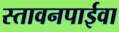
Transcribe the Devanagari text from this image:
स्तावनपाईवा